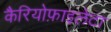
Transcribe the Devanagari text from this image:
कैरियोफ़ाइलेटा